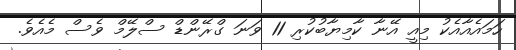
ހަމައެއާއެކު މިއީ އޭނާ ކާމިޔާބުކުރި 11 ވަނަ ގްރޭންޑް ސްލޭމް ވެސް މެއެވެ.